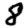
Digit: 8